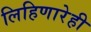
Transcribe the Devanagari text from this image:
लिहिणारेही